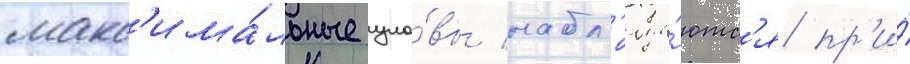
макс'има́льные уло́вы набл'юда́ютс'я пр'и́